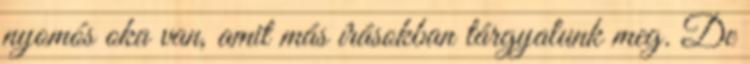
nyomós oka van, amit más írásokban tárgyalunk meg. De